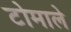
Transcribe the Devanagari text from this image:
टोमाले